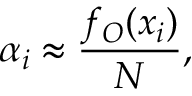
\alpha _ { i } \approx \frac { f _ { O } ( x _ { i } ) } { N } ,